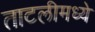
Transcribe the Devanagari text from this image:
ताटलीमध्ये